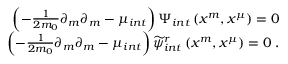
\begin{array} { r } { \left( - \frac { 1 } { 2 m _ { 0 } } \partial _ { m } \partial _ { m } - \mu _ { i n t } \right) \Psi _ { i n t } \left( x ^ { m } , x ^ { \mu } \right) = 0 } \\ { \left( - \frac { 1 } { 2 m _ { 0 } } \partial _ { m } \partial _ { m } - \mu _ { i n t } \right) \widetilde { \psi } _ { i n t } ^ { r } \left( x ^ { m } , x ^ { \mu } \right) = 0 \; . } \end{array}